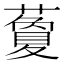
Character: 藑